Source: Handwritten
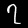
Digit: ၇ (7)